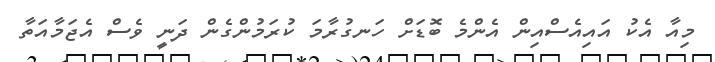
މިއާ އެކު އައިއެސްއިން އެންމެ ބޮޑަށް ހަނގުރާމަ ކުރަމުންގެން ދަނީ ވެސް އެޖަމާއަތާ